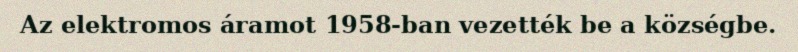
Az elektromos áramot 1958-ban vezették be a községbe.